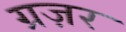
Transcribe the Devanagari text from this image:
ग्रज़र